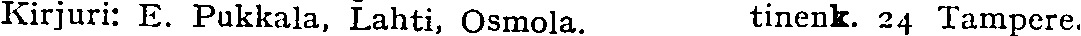
Kirjuri: E. Pukkala, Lahti, Osmola. tinenk. 24 Tampere.